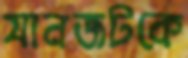
যানজটকে